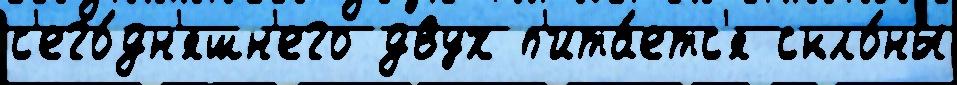
с'его́дн'яшн'его двух п'ита́етс'я скло́ны